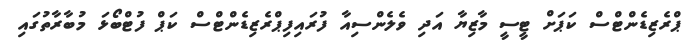
ޕްރެޒިޑެންޓްސް ކަޕަށް ޓީސީ މާޒިޔާ އަދި ވެލެންސިއާ ފުރައިފިޕްރެޒިޑެންޓްސް ކަޕް ފުޓްބޯޅަ މުބާރާތުގައި